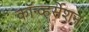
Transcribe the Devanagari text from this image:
कॉन्व्हर्सेशन